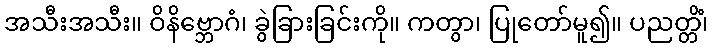
အသီးအသီး။ ဝိနိဗ္ဘောဂံ၊ ခွဲခြားခြင်းကို။ ကတွာ၊ ပြုတော်မူ၍။ ပညတ္တိံ၊